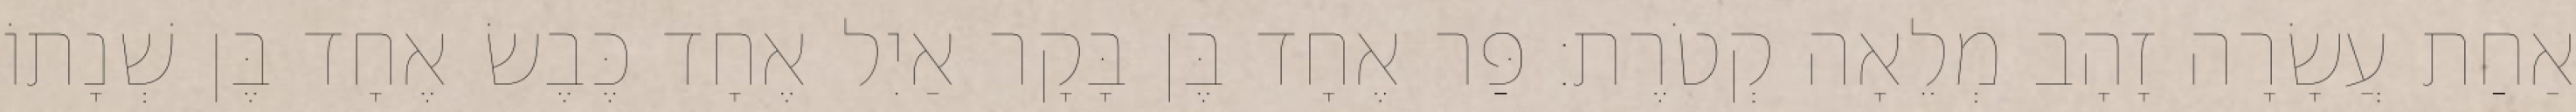
אַחַת עֲשָׂרָה זָהָב מְלֵאָה קְטֹרֶת׃ פַּר אֶחָד בֶּן בָּקָר אַיִל אֶחָד כֶּבֶשׂ אֶחָד בֶּן שְׁנָתוֹ